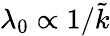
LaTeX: \lambda_{0}\propto 1/\tilde{k}